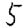
Digit: 5